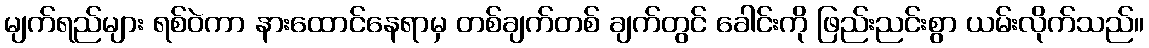
မျက်ရည်များ ရစ်ဝဲကာ နားထောင်နေရာမှ တစ်ချက်တစ် ချက်တွင် ခေါင်းကို ဖြည်းညင်းစွာ ယမ်းလိုက်သည်။